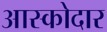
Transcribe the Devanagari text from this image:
आस्कोदार